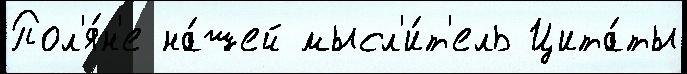
Пол'я́н'е на́шей мысл'и́т'ель Цита́ты